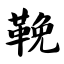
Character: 鞔